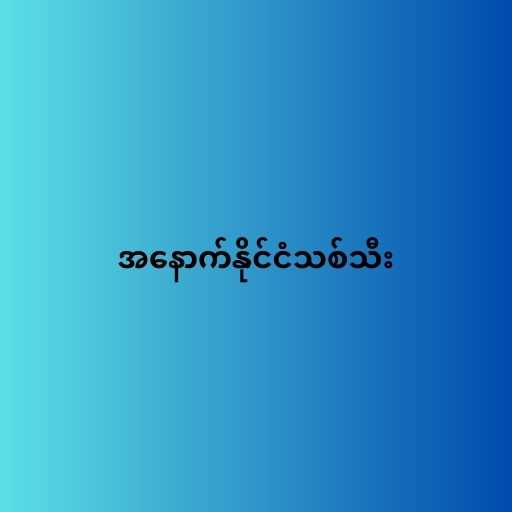
အနောက်နိုင်ငံသစ်သီး